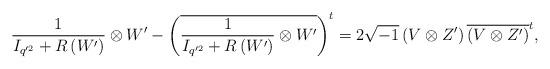
LaTeX: \begin{align*}\frac{1}{ I_{q'^{2}}+R\left(W'\right) } \otimes W'-\left(\overline{\frac{1}{ I_{q'^{2}}+R\left(W'\right) } \otimes W'}\right)^{t}=2\sqrt{-1}\left(V\otimes Z'\right)\overline{\left(V\otimes Z'\right)}^{t}, \end{align*}